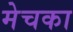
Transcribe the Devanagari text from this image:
मेचका